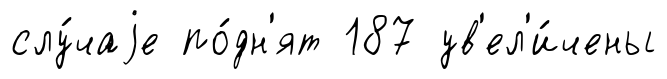
слу́чаjе по́дн'ят 187 ув'ел'и́чены